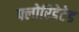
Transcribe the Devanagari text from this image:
फ्लोरिडेटेड